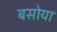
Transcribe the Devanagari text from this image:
बसोया